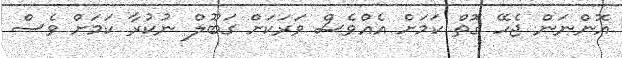
އޮންނަން ޖެހޭ ގޮތް ކަމަށް އެއްވެސް ވަރަކަށް ގަބޫލް ނުކުރާ ކަމަށް ވެސް